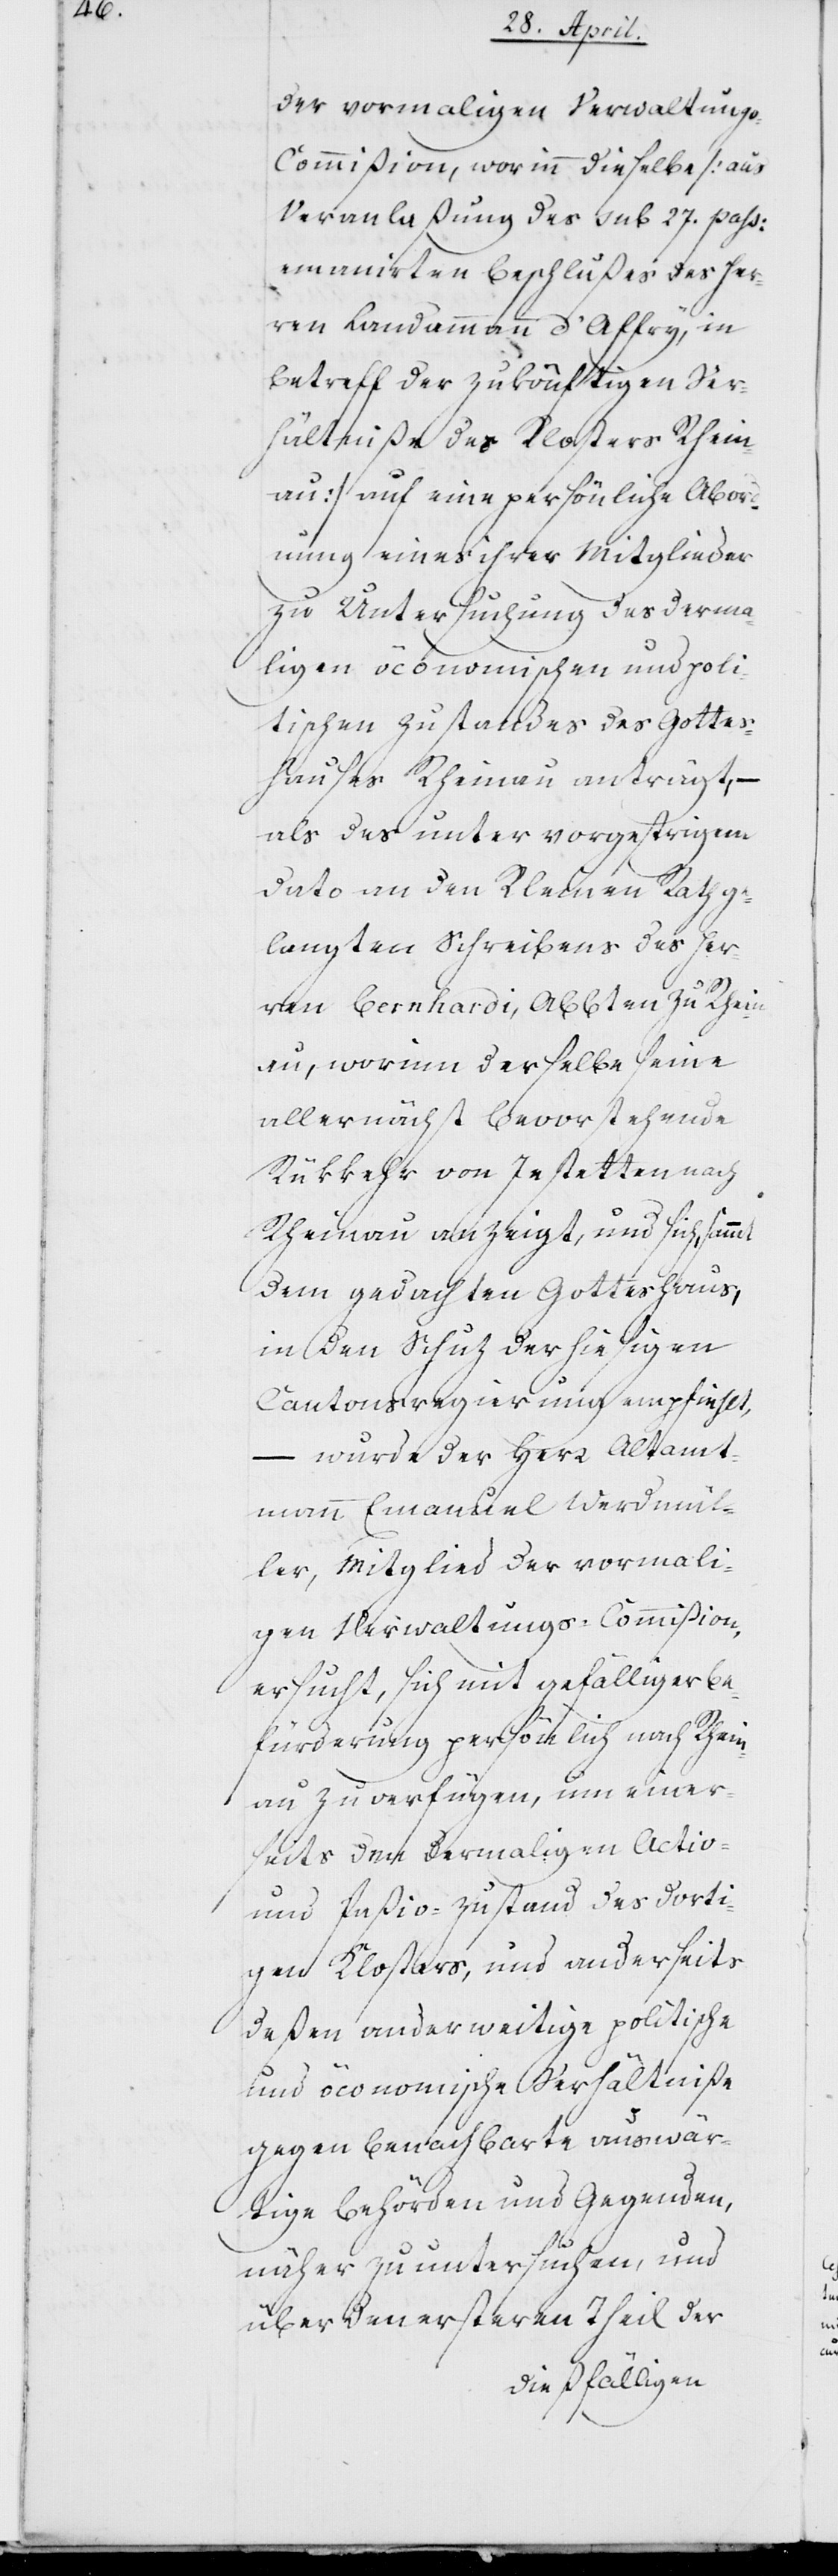
der vormaligen Verwaltung¬
s-Commißion, worinn dieselbe (aus
Veranlaßung des sub 27sten passati
emanierten Beschlußes des Her¬
ren Landammann d’Affry, in
Betreff der zukönftigen Ver¬
hältniße des Klosters Rhein¬
au) auf eine persönliche Abord¬
nung eines ihrer Mitglieder
zu Untersuchung des derma¬
ligen öconomischen und poli¬
tischen Zustandes des Gottes¬
hauses Rheinau anträgt, –
als des unter vorgestrigem
Dato an den Kleinen Rath ge¬
langten Schreibens des Her¬
ren Bernhardi, Abbt zu Rhein¬
au, worinn derselbe seine
allernächst bevorstehende
Rükkehr von Jestetten nach
Rheinau anzeigt, und sich, sammt
dem gedachten Gotteshaus,
in den Schuz der hiesigen
Cantonsregierung empfiehlt,
– wurde der Herr Altamt¬
mann Emanuel Werdmül¬
ler, Mitglied der vormali¬
gen Verwaltungs-Commißion,
ersucht, sich mit gefälliger Be¬
fürderung persönlich nach Rhein¬
au zu verfügen, um einer¬
seits dem dermaligen Activ-
und Paßivzustand des dorti¬
gen Klosters, und anderseits
deßen anderweitige politische
und öconomische Verhältniße
gegen benachbarte auswär¬
tige Behörden und Gegenden,
näher zu untersuchen, und
über den ersteren Theil der